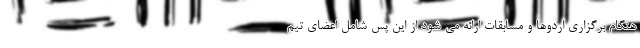
هنگام برگزاری اردوها و مسابقات ارائه می شود از این پس شامل اعضای تیم